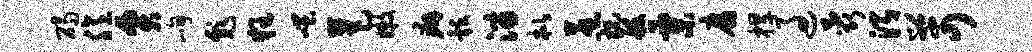
碣臆贾峋彪狂嗤芭嫩癖彀淄枇惹祝般粟腐捍过蕊渭苛